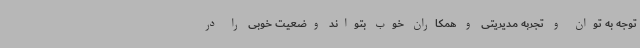
توجه به توان و تجربه مدیریتی و همکاران خوب بتواند وضعیت خوبی را در